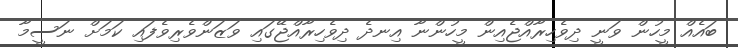
ބައެއް މީހުން ވަނީ ދިވެހިރާއްޖެއިން މީހުންނާ އިނދެ ދިވެހިރާއްޖޭގައި ވަޒަންވެރިވެފައި ކަމަށް ނަސީމާ